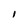
Character: I